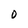
Character: O